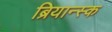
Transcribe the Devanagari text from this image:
ब्रियान्स्क